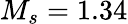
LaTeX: M_{s}=1.34